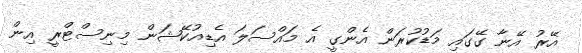
އޭރު އޭނާ ގޭގައި މަޑުކުރަން އެންގީ އެ މައްސަލަ އެޑިއުކޭޝަން މިނިސްޓްރީ އިން